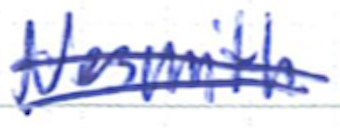
Text: Nesmith
Cross-out: double-line
Writing tool: ballpoint